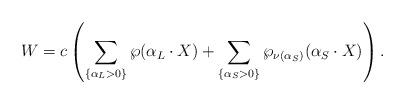
LaTeX: \begin{align*}W = c \left(\sum_{\{\alpha_L>0\}}\wp(\alpha_L\cdot X )+\sum_{\{\alpha_S>0\}}\wp_{\nu(\alpha_S)}(\alpha_S\cdot X) \right).\end{align*}